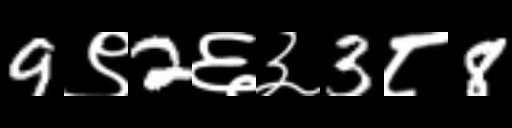
Text: 9९2६३3८8